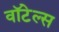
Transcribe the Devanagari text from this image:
वॉटेल्स